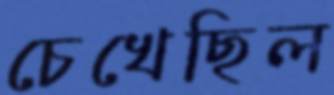
চেখেছিল